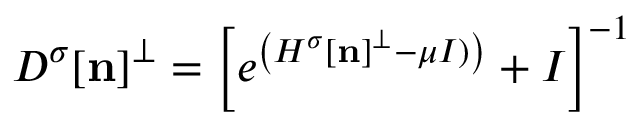
\begin{array} { l } { { \displaystyle { D ^ { \sigma } } [ { \bf n } ] ^ { \perp } = \left[ e ^ { \left( { H ^ { \sigma } } [ { \bf n } ] ^ { \perp } - \mu I ) \right) } + I \right] ^ { - 1 } } } \end{array}